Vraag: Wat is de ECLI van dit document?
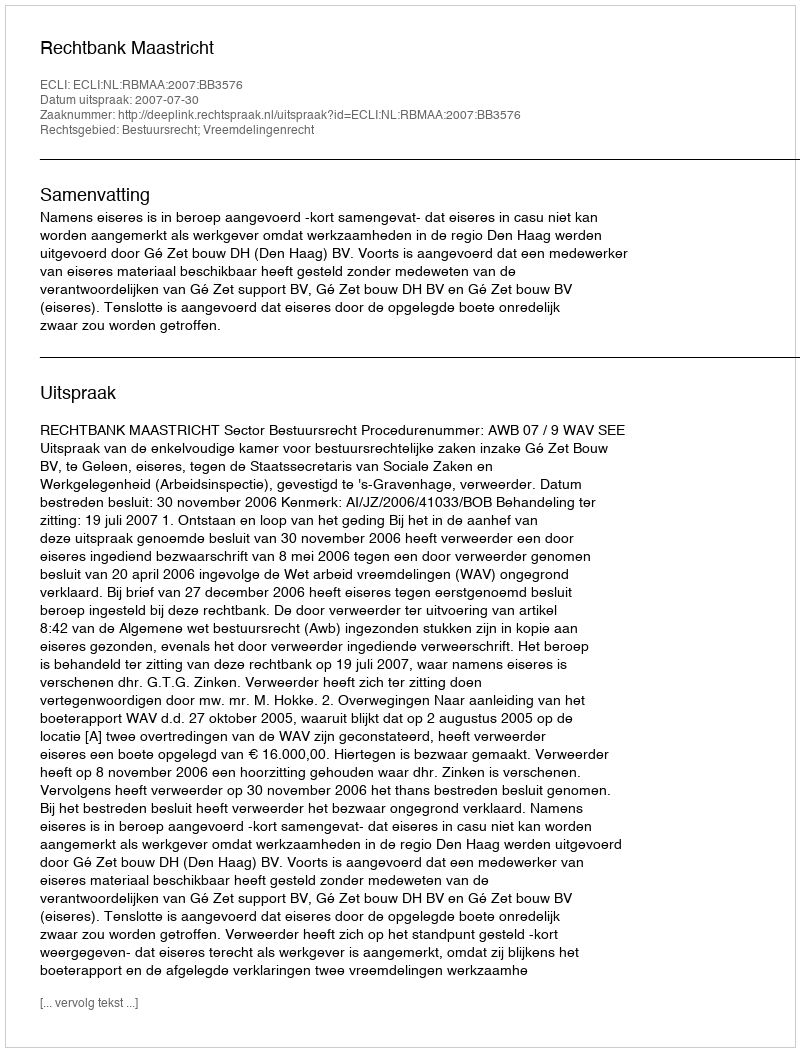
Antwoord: ECLI:NL:RBMAA:2007:BB3576